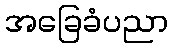
အခြေခံပညာ